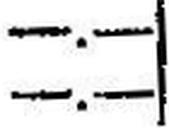
—.—